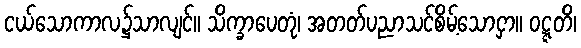
ငယ်သောကာလ၌သာလျင်။ သိက္ခာပေတုံ၊ အတတ်ပညာသင်စိမ့်သောငှာ။ ဝဋ္ဋတိ၊